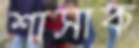
শাসাক